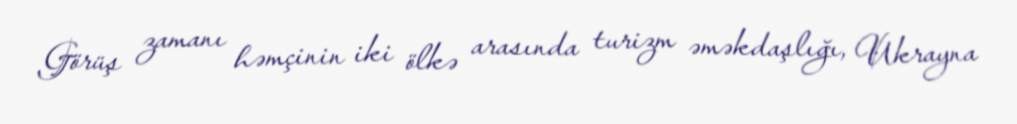
Görüş zamanı həmçinin iki ölkə arasında turizm əməkdaşlığı, Ukrayna